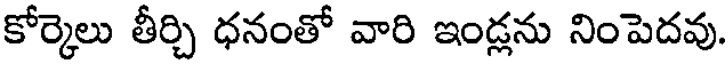
కోర్కెలు తీర్చి ధనంతో వారి ఇండ్లను నింపెదవు.